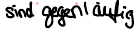
sind gegenläufig